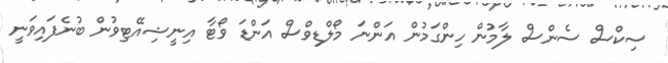
ސިކްސް ސެންސް ލާމުން ހިންގަމުން އަންނަ މޯލްޑިވްސް އަންޑަ ވޯޓާ އިނީޝިއޭޓިވުން ބުނެފައިވަނީ